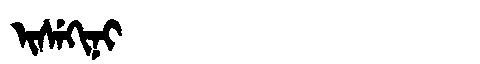
Manchu: ᡳᠰᡝᡴᡳᠨᡳ
Romanization: ISEKINI